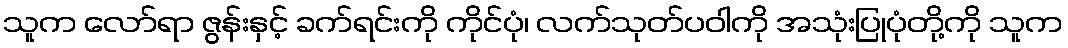
သူက လော်ရာ ဇွန်းနှင့် ခက်ရင်းကို ကိုင်ပုံ၊ လက်သုတ်ပဝါကို အသုံးပြုပုံတို့ကို သူက